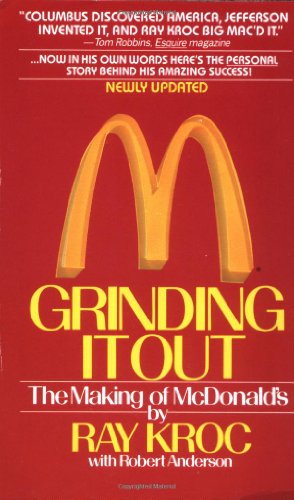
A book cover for Grinding It Out: The Making Of McDonald's; Ray Kroc; Cookbooks, Food & Wine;